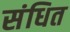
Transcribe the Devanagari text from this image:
संधित